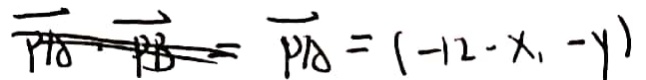
= \overrightarrow { P A } = ( - 1 2 - x , - y )